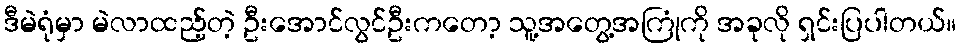
ဒီမဲရုံမှာ မဲလာထည့်တဲ့ ဦးအောင်လွင်ဦးကတော့ သူ့အတွေ့အကြုံကို အခုလို ရှင်းပြပါတယ်။